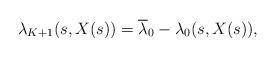
LaTeX: \begin{align*}\lambda_{K+1}(s,X(s)) = \overline \lambda_0 -\lambda_0(s,X(s)),\end{align*}